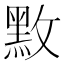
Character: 𪐫